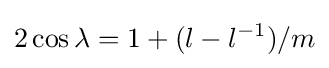
2\cos \lambda =1+(l-l^{-1})/m